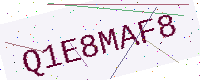
Text: Q1E8MAF8